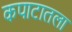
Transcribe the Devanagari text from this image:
कपाटातला